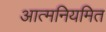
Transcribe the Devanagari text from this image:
आत्मनियमित